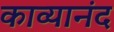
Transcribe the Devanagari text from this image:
काव्यानंद